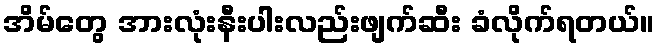
အိမ်တွေ အားလုံးနီးပါးလည်းဖျက်ဆီး ခံလိုက်ရတယ်။